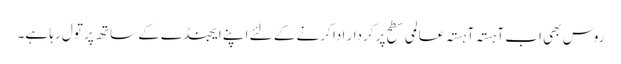
روس بھی اب آہستہ آہستہ عالمی سطح پر کردار ادا کرنے کے لئے اپنے ایجنڈے کے ساتھ پر تول رہا ہے۔